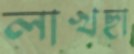
লাখছা